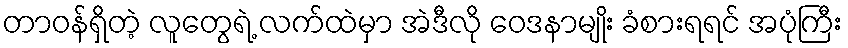
တာဝန်ရှိတဲ့ လူတွေရဲ့ လက်ထဲမှာ အဲဒီလို ဝေဒနာမျိုး ခံစားရရင် အပုံကြီး